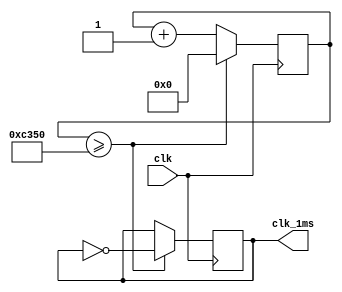
`timescale 1ns / 1ps

// generate a 1 ms (1 KHz) clock
module timer_1ms(
    input wire clk,
    output reg clk_1ms
);

    reg [15:0] cnt;

    initial begin
        cnt [15:0] <= 0;
        clk_1ms <= 0;
    end

    always @(posedge clk) begin
        if (cnt >= 50000) begin
            cnt <= 0;
            clk_1ms <= ~clk_1ms;
        end else begin
            cnt <= cnt + 1'b1;
        end
    end

endmodule